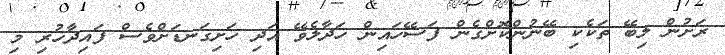
ރަށުން ލިބޭ ތަކެކި ބޭނުންކޮށްގެން ފަސޭހައިން ހަދާލެވޭ އަދި ހަށިގަނޑަށްވެސް ފައިދާހުރި މި